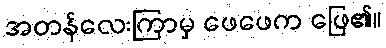
အတန်လေးကြာမှ ဖေဖေက ဖြေ၏။